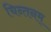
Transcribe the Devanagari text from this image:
चिन्तनम्